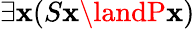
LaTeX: \exists\mathbf{x}(S\mathbf{x}\landP\mathbf{x})